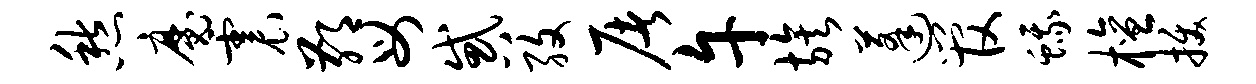
愁魔震鄙母惑孜屠午族蓬管蛾檀拔